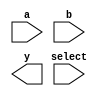
/****************************************************
*	mux1_32 - MULTIPLEXER: 1 SELECT BIT 32 BIT BUS	*
*													*
****************************************************/

module mux1_32( a, b, select, y);
	input	[31:0]	a;
	input	[31:0]	b;
	input			select;

	output	[31:0]	y;

	assign mux_out = (select) ? a : b;

endmodule